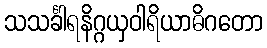
သသင်္ခါရနိဂ္ဂယှဝါရိယာဓိဂတော